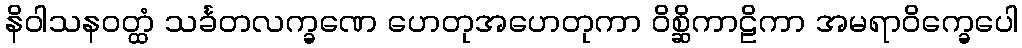
နိဝါသနဝတ္ထံ သင်္ခတလက္ခဏေ ဟေတုအဟေတုကာ ဝိစ္ဆိကာဠိကာ အမရာဝိက္ခေပေါ